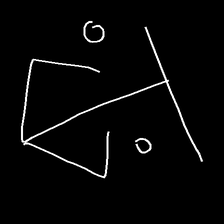
Glyph: earth